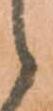
候